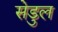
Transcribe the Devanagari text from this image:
सेडुल